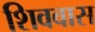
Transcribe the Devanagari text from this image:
शिववास